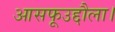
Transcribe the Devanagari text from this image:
आसफूउद्दौला।